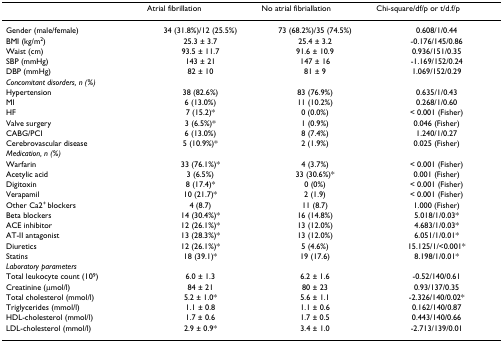
<table><thead><tr><td></td><td><b>Atrial fibrillation</b></td><td><b>No atrial fibriallation</b></td><td><b>Chi-square/df/p or t/d.f/p</b></td></tr></thead><tbody><tr><td>Gender (male/female)</td><td>34 (31.8%)/12 (25.5%)</td><td>73 (68.2%)/35 (74.5%)</td><td>0.608/1/0.44</td></tr><tr><td>BMI (kg/m<sup>2</sup>)</td><td>25.3 ± 3.7</td><td>25.4 ± 3.2</td><td>-0.176/145/0.86</td></tr><tr><td>Waist (cm)</td><td>93.5 ± 11.7</td><td>91.6 ± 10.9</td><td>0.936/151/0.35</td></tr><tr><td>SBP (mmHg)</td><td>143 ± 21</td><td>147 ± 16</td><td>-1.169/152/0.24</td></tr><tr><td>DBP (mmHg)</td><td>82 ± 10</td><td>81 ± 9</td><td>1.069/152/0.29</td></tr><tr><td colspan="4"><i>Concomitant disorders, n (%)</i></td></tr><tr><td>Hypertension</td><td>38 (82.6%)</td><td>83 (76.9%)</td><td>0.635/1/0.43</td></tr><tr><td>MI</td><td>6 (13.0%)</td><td>11 (10.2%)</td><td>0.268/1/0.60</td></tr><tr><td>HF</td><td>7 (15.2)*</td><td>0 (0.0%)</td><td>&lt; 0.001 (Fisher)</td></tr><tr><td>Valve surgery</td><td>3 (6.5%)*</td><td>1 (0.9%)</td><td>0.046 (Fisher)</td></tr><tr><td>CABG/PCI</td><td>6 (13.0%)</td><td>8 (7.4%)</td><td>1.240/1/0.27</td></tr><tr><td>Cerebrovascular disease</td><td>5 (10.9%)*</td><td>2 (1.9%)</td><td>0.025 (Fisher)</td></tr><tr><td colspan="4"><i>Medication, n (%)</i></td></tr><tr><td>Warfarin</td><td>33 (76.1%)*</td><td>4 (3.7%)</td><td>&lt; 0.001 (Fisher)</td></tr><tr><td>Acetylic acid</td><td>3 (6.5%)</td><td>33 (30.6%)*</td><td>0.001 (Fisher)</td></tr><tr><td>Digitoxin</td><td>8 (17.4)*</td><td>0 (0%)</td><td>&lt; 0.001 (Fisher)</td></tr><tr><td>Verapamil</td><td>10 (21.7)*</td><td>2 (1.9)</td><td>&lt; 0.001 (Fisher)</td></tr><tr><td>Other Ca2<sup>+ </sup>blockers</td><td>4 (8.7)</td><td>11 (8.7)</td><td>1.000 (Fisher)</td></tr><tr><td>Beta blockers</td><td>14 (30.4%)*</td><td>16 (14.8%)</td><td>5.018/1/0.03*</td></tr><tr><td>ACE inhibitor</td><td>12 (26.1%)*</td><td>13 (12.0%)</td><td>4.683/1/0.03*</td></tr><tr><td>AT-II antagonist</td><td>13 (28.3%)*</td><td>13 (12.0%)</td><td>6.051/1/0.01*</td></tr><tr><td>Diuretics</td><td>12 (26.1%)*</td><td>5 (4.6%)</td><td>15.125/1/&lt;0.001*</td></tr><tr><td>Statins</td><td>18 (39.1)*</td><td>19 (17.6)</td><td>8.198/1/0.01*</td></tr><tr><td colspan="4"><i>Laboratory parameters</i></td></tr><tr><td>Total leukocyte count (10<sup>9</sup>)</td><td>6.0 ± 1.3</td><td>6.2 ± 1.6</td><td>-0.52/140/0.61</td></tr><tr><td>Creatinine (μmol/l)</td><td>84 ± 21</td><td>80 ± 23</td><td>0.93/137/0.35</td></tr><tr><td>Total cholesterol (mmol/l)</td><td>5.2 ± 1.0*</td><td>5.6 ± 1.1</td><td>-2.326/140/0.02*</td></tr><tr><td>Triglycerides (mmol/l)</td><td>1.1 ± 0.8</td><td>1.1 ± 0.6</td><td>0.162/140/0.87</td></tr><tr><td>HDL-cholesterol (mmol/l)</td><td>1.7 ± 0.6</td><td>1.7 ± 0.5</td><td>0.443/140/0.66</td></tr><tr><td>LDL-cholesterol (mmol/l)</td><td>2.9 ± 0.9*</td><td>3.4 ± 1.0</td><td>-2.713/139/0.01</td></tr></tbody></table>